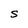
Character: s